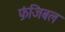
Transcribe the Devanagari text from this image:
फ़ंजिबल